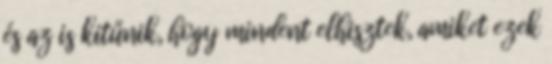
és az is kitűnik, hogy mindent elhisztek, amiket ezek